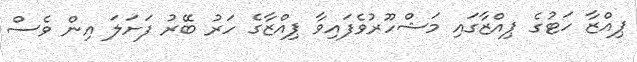
ޕިއްޒާ ހަޓުގެ ޕިއްޒާގައި މަޝްހޫރުވެފައިވާ ޕިއްޒާގެ ހަރު ބޭރު ފަށަލަ އިން ވެސް